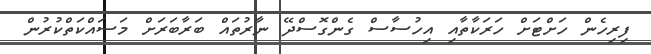
ފިރިހެން ހަށްޓަށް ހަރަކާތާއި އިހުސާސް ގެންގޮސްދޭ ނާރުތައް ބަރާބަރަށް މަސައްކަތްކުރުން